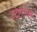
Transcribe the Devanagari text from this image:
उद्वेष्टरोधक